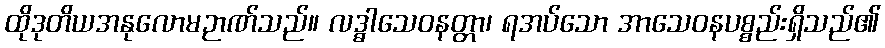
ထိုဒုတိယအနုလောမဉာဏ်သည်။ လဒ္ဓါသေဝနတ္တာ၊ ရအပ်သော အာသေဝနပစ္စည်းရှိသည်၏